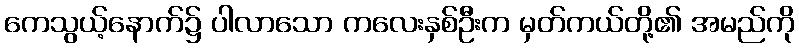
ကေသွယ့်နောက်၌ ပါလာသော ကလေးနှစ်ဦးက မှတ်ကယ်တို့၏ အမည်ကို